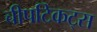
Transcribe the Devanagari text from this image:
चीपटिकट्स